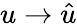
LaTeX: u\rightarrow\hat{u}